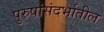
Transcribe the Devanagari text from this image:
पुरुषांसंदर्भातील